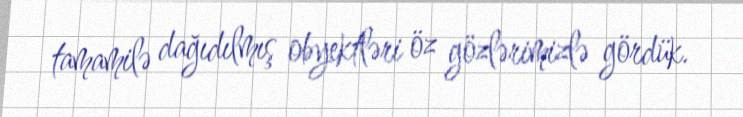
tamamilə dağıdılmış obyektləri öz gözlərimizlə gördük.